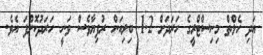
އަދި ހެލްތް މިނިސްޓްރީގެ ހަރަދަށް 1.2 ބިލިއަން ރުފިޔާވެސް ވަނީ ހަރަދުކޮށްފަ އެވެ.